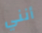
أنني